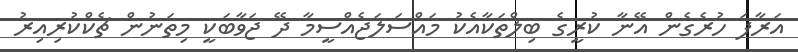
އަރާފަ ހުރެގެން އޭނާ ކުރީގެ ބިލްތަކާއެކު މައްސަލަޖެއްސީމާ ދޭ ޖަވާބަކީ މިތަނުން ޗެކްކުރިއިރު